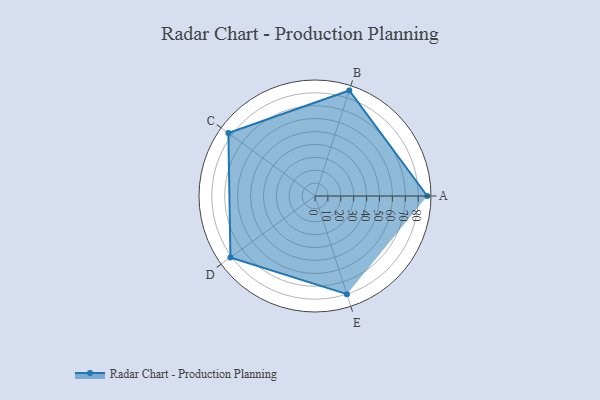
{"axis": {"x": "Skill", "y": "Score"}, "legend": ["Profile"], "data": [{"x": "A", "y": 87.0, "type": "Profile"}, {"x": "B", "y": 86.0, "type": "Profile"}, {"x": "C", "y": 83.0, "type": "Profile"}, {"x": "D", "y": 81.0, "type": "Profile"}, {"x": "E", "y": 80.0, "type": "Profile"}]}